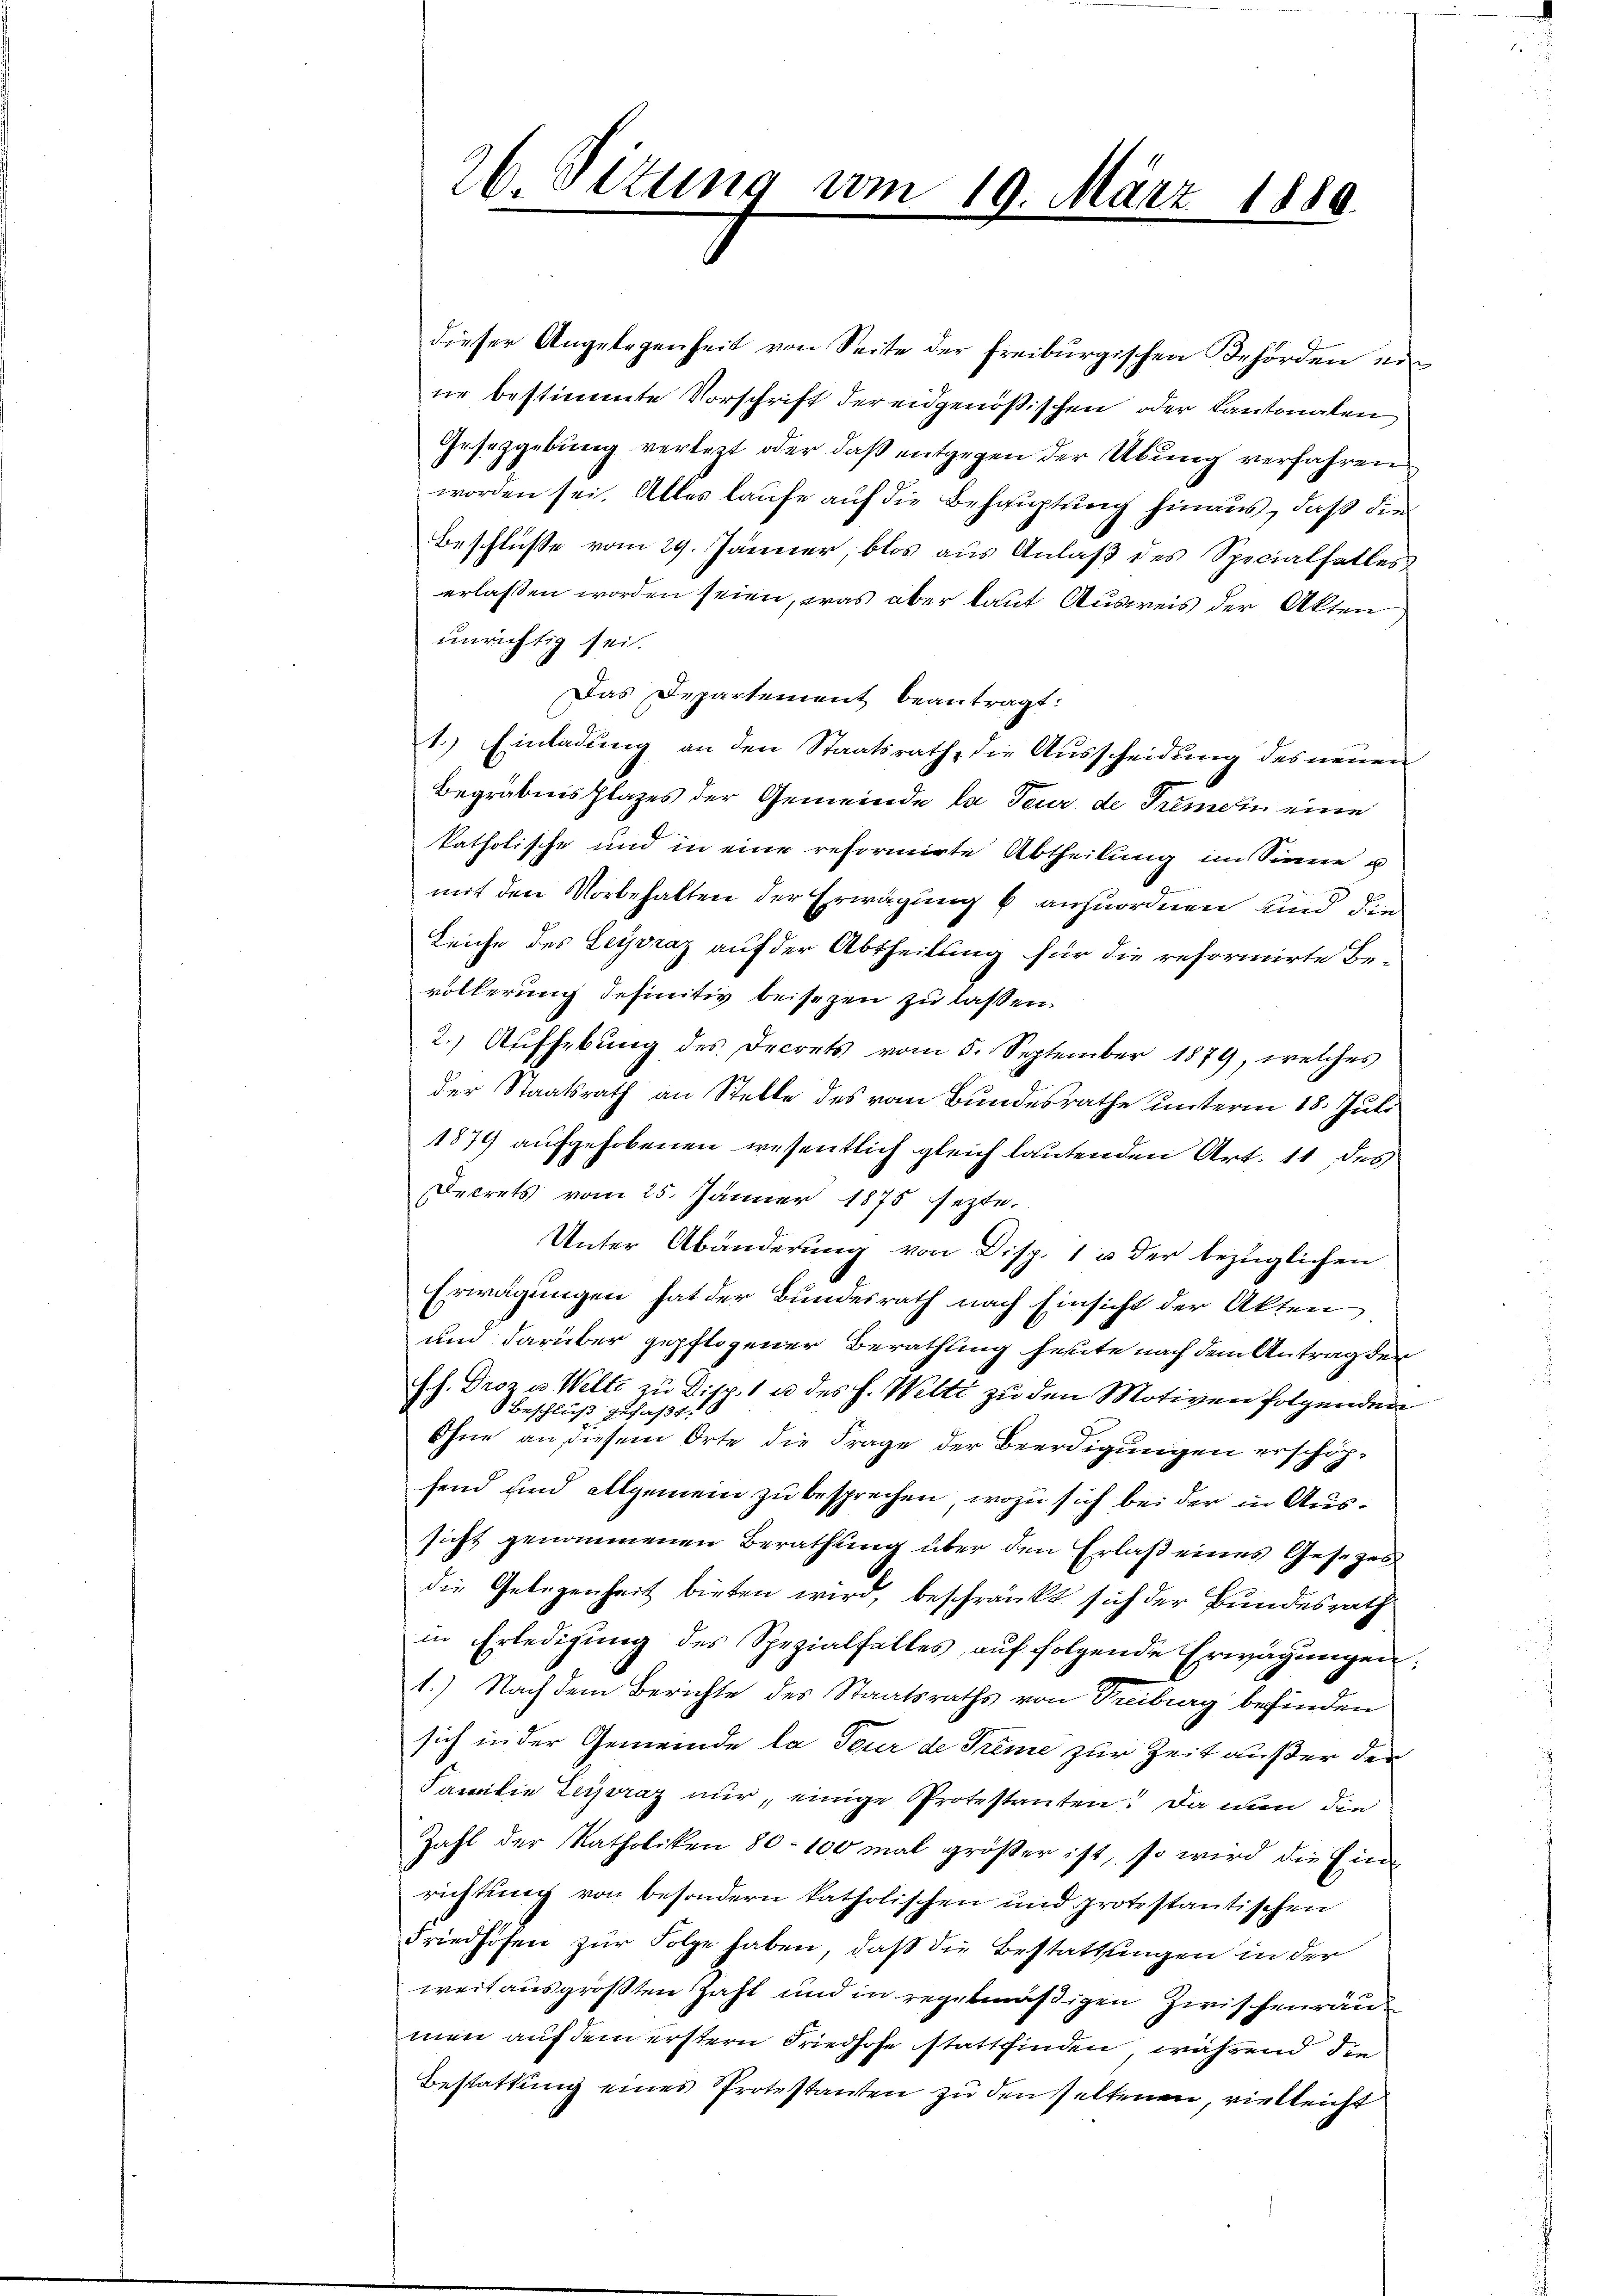
26 Setung vom 19. März 1889.

dieser Angelegenheit von Seite der freiburgischen Behörden ein
ne bestimmte Vorschrift der eidgenößischen oder Kantonalen
Gesetzgebung verletzt oder daß entgegen der Übung verfahren
worden sei. Alles laufe auf die Behauptung hinaus, daß die
Beschluße vom 29. Jänner, blos aus Anlaß des Specialfalles
erlassen worden seien, was aber laut Ausweis der Akten
unrichtig sei.
Das Departement beantragt:
1.) Einladung an den Staatsrath, die Ausscheidung des neuen
Begräbnishlages der Gemeinde la Feur de Gemein eine
katholische und in eine reformirte Abtheilung im Sinne u
G
mit den Vorbehalten der Erwägung 6 anzuordnen und die
Leiche des Leyvraz auf der Abtheilung für die reformirte Be-
völkerung definitiv beisezen zu laßen.
2.) Aufhebung des Decrets vom 5. September 1879, welches
der Staatsrath an Stelle des vom Bundesrathe unterm 18. Juli
1879 aufgehobenen wesentlich gleich lautenden Art. 11 des
Decrets vom 25. Jänner 1875 sezte.
Unter Abänderung von Disp. 1 u. der bezüglichen
Erwägungen hat der Bundesrath nach Einsicht der Akten
um darüber gepflogener Berathung heute nach dem Antrag der
ff. Droz u Welte zu Disp. 1 u. des h. Welti zu den Motiven folgenden
Beschluß gefaßt.
Ohne an diesem Orte die Frage der Beerdigungen erschöhfend und allgemein zu besprechen, wozu sich bei der in Aussicht genommenen Berathung über den Erlaß eines Gesetzes
die Gelegenheit bieten wird, beschränkt sich der Bundesrath
in Erledigung des Spezialfalles, auf folgende Erwägungen;
1.) Nach dem Berichte des Staatsraths von Treiburg befinden
sich in der Gemeinde la Tour de Trime zur Zeit außer der
Familie Leyoraz nur, einige Protestanten! Da nun die
Zahl der Katholiken 80–100 mal größer ist, so wird die Einrichtung von besondern katholischen und protestantischen
Friedhofen zur Folge haben, daß die Bestattungen in der
weit aus größten Zahl und in regelmäßigen Zwischenräu
meie auf dem erstern Friedhofe stattfinden, während die
Bestattung eines Protestanten zu den seltenen, vielleicht